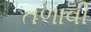
તળાવી